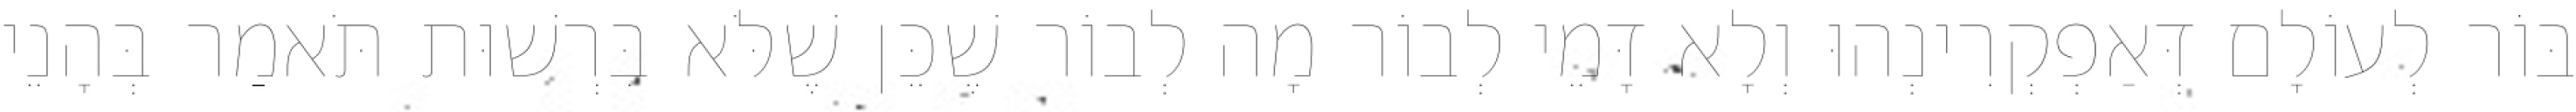
בּוֹר לְעוֹלָם דְּאַפְקְרִינְהוּ וְלָא דָּמֵי לְבוֹר מָה לְבוֹר שֶׁכֵּן שֶׁלֹּא בִּרְשׁוּת תֹּאמַר בְּהָנֵי